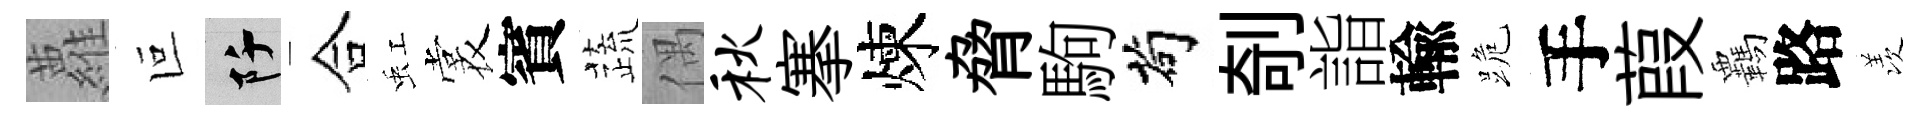
蘿叵阡合虹裳賓蔬偶秋搴煉脅駒茍剞詣輸跪手葭覊路羡